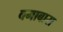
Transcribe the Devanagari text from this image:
बमाबास